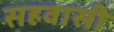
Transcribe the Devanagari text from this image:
सहवासी